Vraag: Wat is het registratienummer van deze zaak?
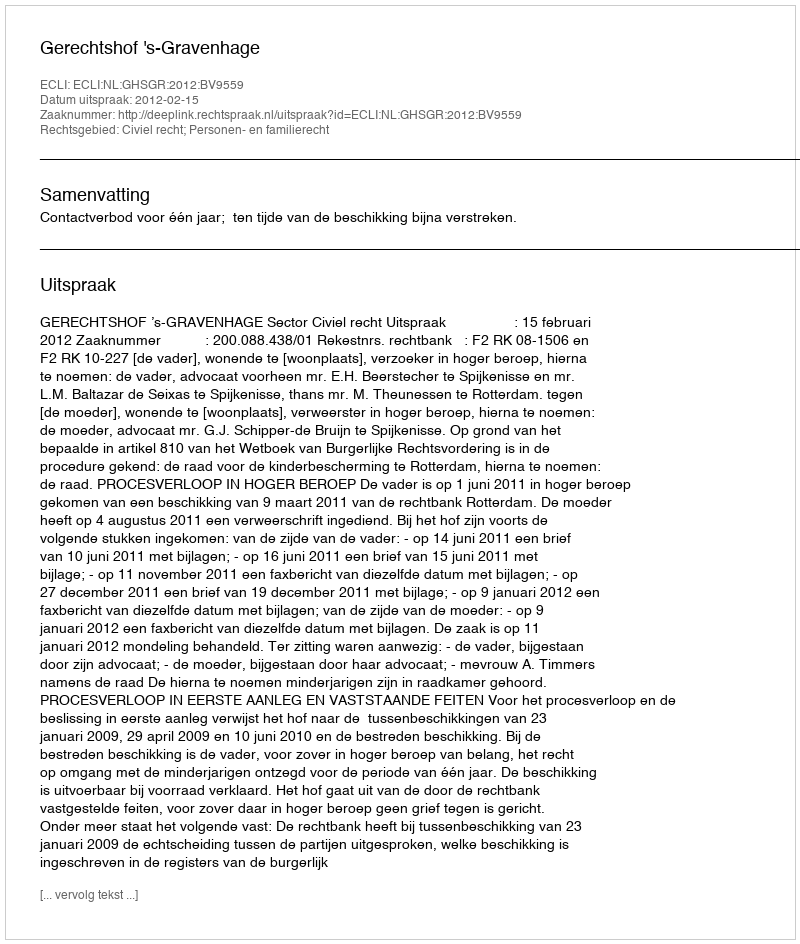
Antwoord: http://deeplink.rechtspraak.nl/uitspraak?id=ECLI:NL:GHSGR:2012:BV9559